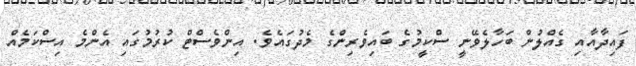
ފައިދާއާއި ގެއްލުން ބަހާލެވޭނީ ސްކީމުގެ ބައިވެރިންގެ މެދުގައެވެ. އިންވެސްޓް ކުރުމުގައި އެންމެ އިސްކަމެއް